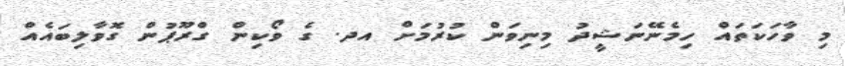
މި ވާހަކަތައް ހިމެނޭނަޝީދު މިނިވަން ކުރުމަށް އދ. ގެ ވޯކިން ގްރޫޕުން ގޮވާލިބައެއް